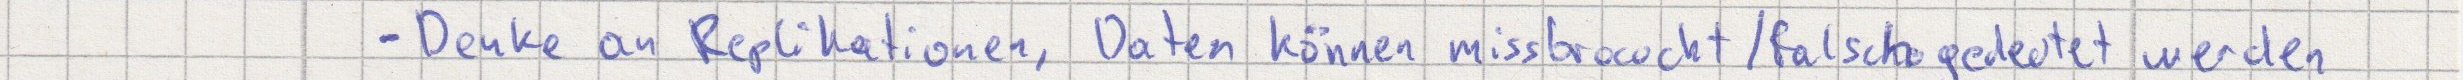
- Denke an Replikationen, Daten können missbraucht / falsch gedeutet werden